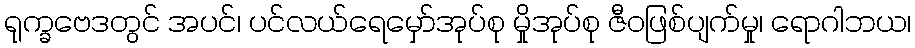
ရုက္ခဗေဒတွင် အပင်၊ ပင်လယ်ရေမှော်အုပ်စု မှိုအုပ်စု ဇီဝဖြစ်ပျက်မှု၊ ရောဂါဘယ၊